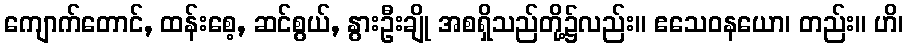
ကျောက်တောင်, ထန်းစေ့, ဆင်စွယ်, နွားဦးချို အစရှိသည်တို့၌လည်း။ ဧသေဝနယော၊ တည်း။ ဟိ၊